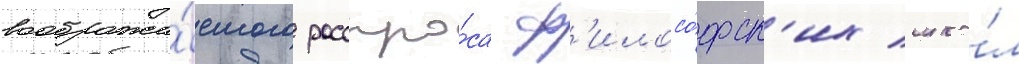
вообража́емого расспро́са ф'илосо́фск'их шко́л